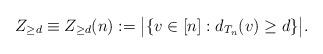
LaTeX: \begin{align*}Z_{\geq d} \equiv Z_{\geq d}(n):=\big\vert \{v\in [n]: d_{T_n}(v)\geq d \}\big\vert. \end{align*}